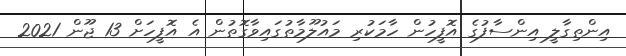
އިންތިގާލީ އިންސާފުގެ އޮފީހުން ހާމަކުރި މައުލޫމާތުގައިވާގޮތުން އެ އޮފީހަށް 13 ޖޫން 2021